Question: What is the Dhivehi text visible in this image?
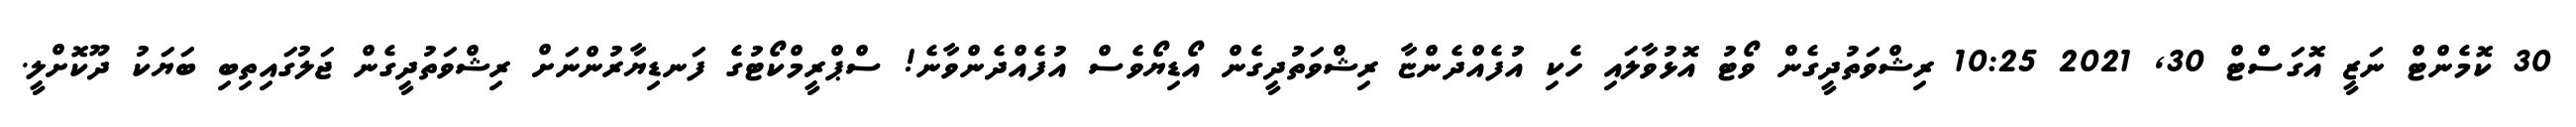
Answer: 30 ކޮމެންޓް ނަޒީ އޮގަސްޓް 30, 2021 10:25 ރިޝްވަތުދީގެން ވޯޓު އޮޅުވާލައި ހެކި އުފެއްދެންޏާ ރިޝްވަތުދީގެން އޯޑިޔޯވެސް އުފެއްދެންވާނެ! ސްޕްރީމްކޯޓުގެ ފަނޑިޔާރުންނަށް ރިޝްވަތުދީގެން ޖަލުގައިތިބި ބަޔަކު ދޫކޮށްލީ.